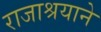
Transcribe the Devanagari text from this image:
राजाश्रयाने